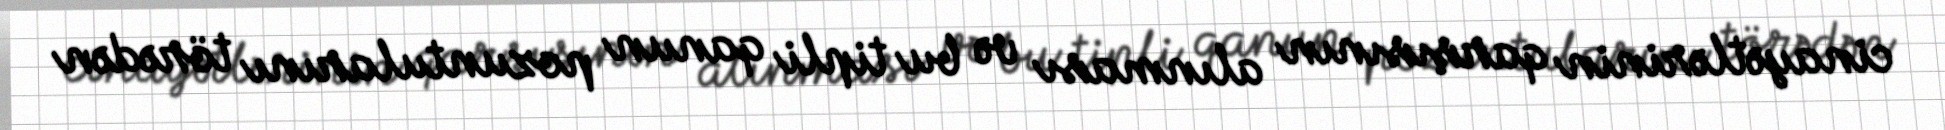
cinayətlərinin qarşısının alınması və bu tipli qanun pozuntularını törədən